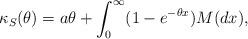
LaTeX: \begin{align*} \kappa_S(\theta) = a\theta + \int_0^\infty (1-e^{-\theta x})M(dx),\end{align*}